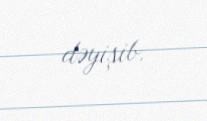
dəyişib.